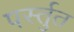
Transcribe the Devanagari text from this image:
पर्स्तुत